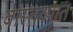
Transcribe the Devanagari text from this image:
वास्‍तव्‍यात